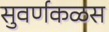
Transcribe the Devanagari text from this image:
सुवर्णकळस